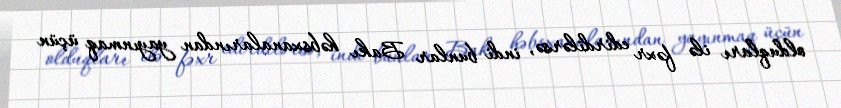
olduqları ilə fəxr edirdilərsə, indi bunlar Bakı həbsxanalarından yayınmaq üçün